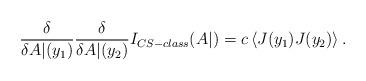
LaTeX: \begin{align*}\frac{\delta}{\delta A|(y_1)}\frac{\delta}{\delta A|(y_2)} I_{CS-class} (A|) = c \left< J(y_1) J(y_2) \right>.\end{align*}